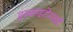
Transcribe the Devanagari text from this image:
इस्काइरोमाइडी